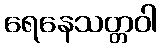
ရေနေသတ္တဝါ